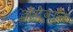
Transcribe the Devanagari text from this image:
अगेवान